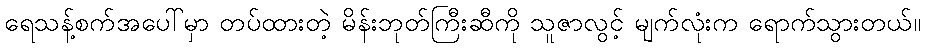
ရေသန့်စက်အပေါ်မှာ တပ်ထားတဲ့ မိန်းဘုတ်ကြီးဆီကို သူဇာလွင့် မျက်လုံးက ရောက်သွားတယ်။